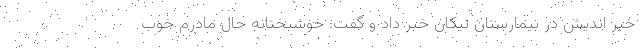
خیر اندیش در بیمارستان نیکان خبر داد ‌و گفت: خوشبختانه حال مادرم خوب